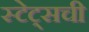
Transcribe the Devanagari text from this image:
स्टेट्सची